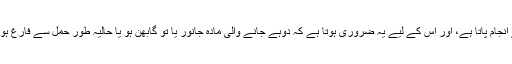
دوہنا کبھی ہاتھ سے کیا جاتا ہے، کبھی یہ مشین کے ذریعے انجام پاتا ہے، اور اس کے لیے یہ ضروری ہوتا ہے کہ دوہے جانے والی مادہ جانور یا تو گابھن ہو یا حالیہ طور حمل سے فارغ ہوئی ہو، جسے کچھ معاملوں میں باکھلی، باکھڑی کہا جاتا ہے۔